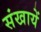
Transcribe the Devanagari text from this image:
संखायें